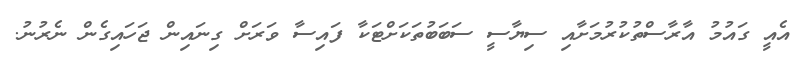
އެއީ ގައުމު އާރާސްތުކުރުމަށާއި ސިޔާސީ ސަބަބުތަކަށްޓަކާ ފައިސާ ވަރަށް ގިނައިން ޖަހައިގެން ނެރުނު.